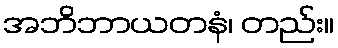
အဘိဘာယတနံ၊ တည်း။